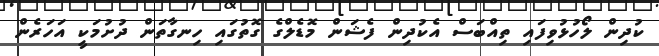
ކުދިން ލޯހުޅުވިފައި ތިއްބަސް އެކުދިން ފެޝަން މޮޑެލްގެ ގޮތުގައި ހިނގާތަން ދުށުމަކީ އަހަރެން